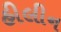
હીલીન